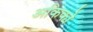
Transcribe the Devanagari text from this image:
अकिको